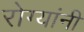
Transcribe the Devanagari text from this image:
रोग्यांनी